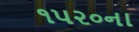
૧૫૨૦ના